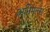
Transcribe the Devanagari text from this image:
अनिमल्स